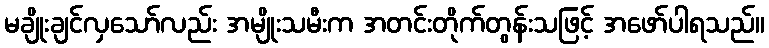
မချိုးချင်လှသော်လည်း အမျိုးသမီးက အတင်းတိုက်တွန်းသဖြင့် အဖော်ပါရသည်။